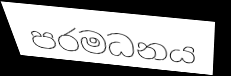
පරමධනය